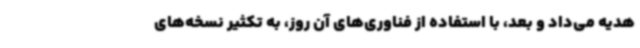
هدیه می‌داد و بعد، با استفاده از فناوری‌های آن روز، به تکثیر نسخه‌های